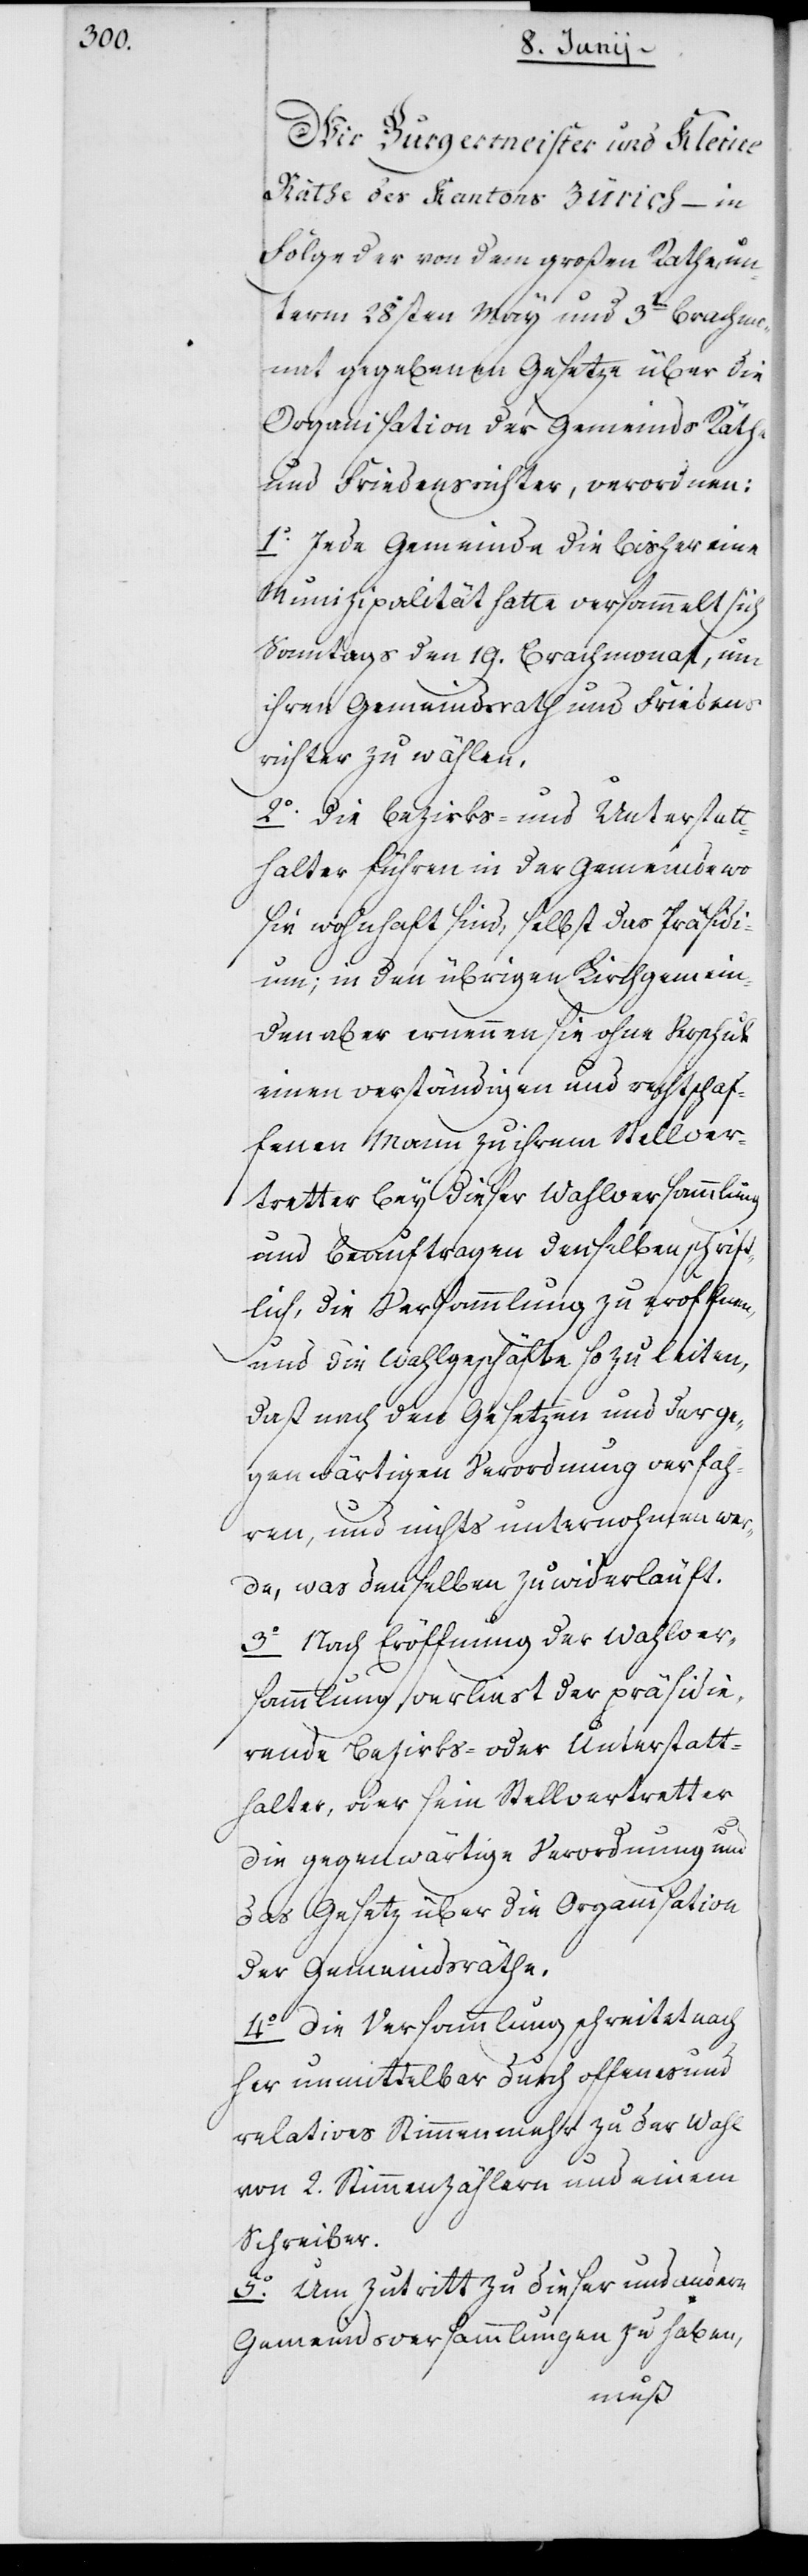
Wir Burgermeister und Kleine
Räthe des Kantons Zürich – in
Folge der von dem großen Rathe un¬
term 28sten May und 3ten Brachmo¬
nat gegebenen Gesetze über die
Organisation der Gemeinds Räthe
und Friedensrichter, verordnen:
1o. Jede Gemeinde die bisher eine
Munizipalität hatte versammelt sich
Sonntags den 19. Brachmonat, um
ihren Gemeindsrath und Frieden¬
srichter zu wählen.
2o. Die Bezirks- und Unterstatt¬
halter führen in der Gemeinde wo
sie wohnhaft sind, selbst das Präsidi¬
um; in den übrigen Kirchgemein¬
den aber ernennen sie ohne Verschub
einen verständigen und rechtschaf¬
fenen Mann zu ihrem Stellver¬
tretter bey dieser Wahlversammlung
und beauftragen denselben schrift¬
lich, die Versammlung zu eröffnen,
und die Wahlgeschäfte so zu leiten,
daß nach den Gesetzen und der ge¬
genwärtigen Verordnung verfah¬
ren, und nichts unternohmen we¬
rde, was denselben zuwiderläuft.
3o Nach Eröffnung der Wahlver¬
sammlung, verliest der präsidie¬
rende Bezirks- oder Unterstatt¬
halter oder sein Stellvertretter
die gegenwärtige Verordnung und
das Gesetz über die Organisation
der Gemeindsräthe.
4o Die Versammlung schreitet nach¬
her unmittelbar durch offenes und
relatives Stimmenmehr zu der Wah¬
l
von 2. Stimmenzählern und einem
Schreiber.
5o. Um Zutritt zu dieser und andern
Gemeindsversammlungen zu haben,